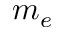
m _ { e }